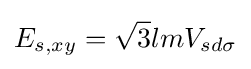
E_{s,xy}={\sqrt {3}}lmV_{sd\sigma }